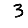
Digit: 3